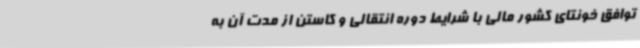
توافق خونتای کشور مالی با شرایط دوره انتقالی و کاستن از مدت آن به